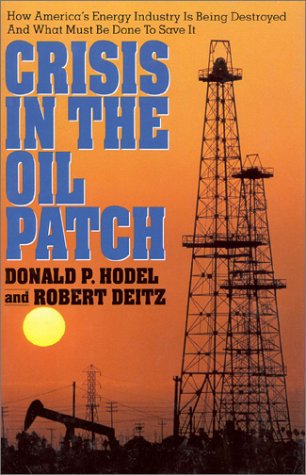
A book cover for Crisis in the Oil Patch: How America's Energy Industry Is Being Destroyed and What Must Be Done to Save It; Donald Paul Hodel; Engineering & Transportation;